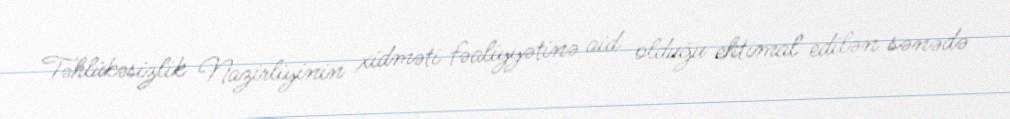
Təhlükəsizlik Nazirliyinin xidməti fəaliyyətinə aid olduğu ehtimal edilən sənədə